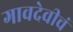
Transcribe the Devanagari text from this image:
गावदेवीचं